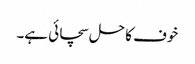
خوف کا حل سچائی ہے۔